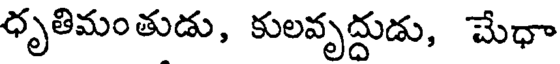
ధృతిమంతుడు, కులవృద్దుడు, చేధా